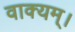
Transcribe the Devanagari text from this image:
वाक्यम्।